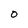
Character: 0